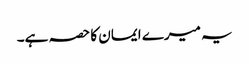
یہ میرے ایمان کا حصہ ہے۔